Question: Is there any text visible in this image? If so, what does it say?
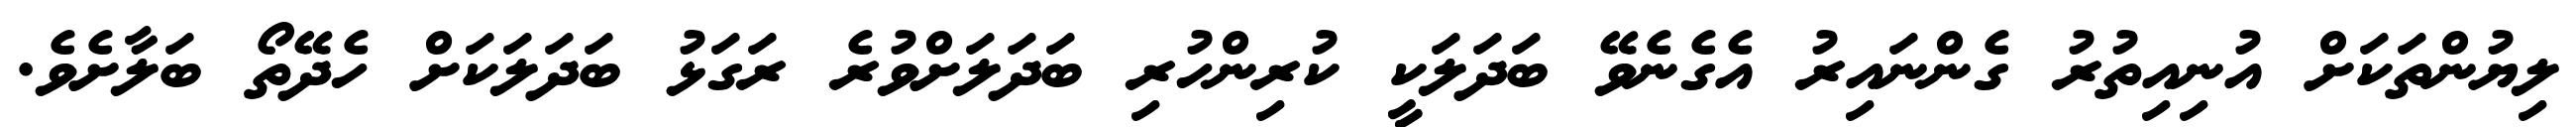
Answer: ލިޔުންތަކަށް އުނިއިތުރު ގެންނައިރު އެގެނެވޭ ބަދަލަކީ ކުރިންހުރި ބަދަލަށްވުރެ ރަގަޅު ބަދަލަކަށް ހެދޭތޯ ބަލާށެވެ.